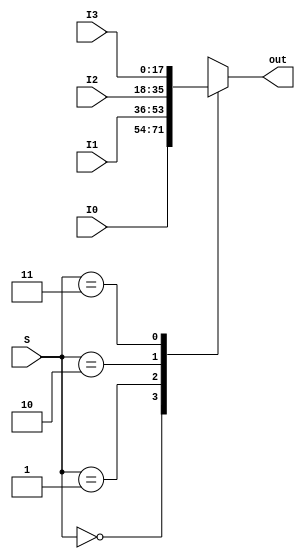
// Mux4to1

module Mux4to1 ( I0, I1, I2, I3, S, out);

	parameter bit_size = 18;

	input [bit_size-1:0] I0;
	input [bit_size-1:0] I1;
	input [bit_size-1:0] I2;
	input [bit_size-1:0] I3;
	input [1:0] S;

	output [bit_size-1:0] out;
	reg [bit_size-1:0] out;
	
	always@ (*) begin
	  	out = 0;
		case (S)
			0 : out[bit_size-1:0] = I0[bit_size-1:0];
			1 : out[bit_size-1:0] = I1[bit_size-1:0];
			2 : out[bit_size-1:0] = I2[bit_size-1:0];
			3 : out[bit_size-1:0] = I3[bit_size-1:0];    
		endcase
		
	end
	
endmodule